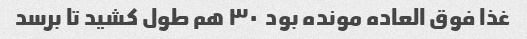
غذا فوق العاده مونده بود  ٣٠ هم طول کشید تا برسد